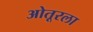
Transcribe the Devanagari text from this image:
ओतूरला